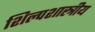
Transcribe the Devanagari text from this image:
शिल्पशास्त्रीय